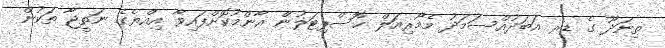
ތިނަދޫ ގެ ޑރ އަބަދުއްސަމަދު މެމޯރިއަލް ހޮސްޕިޓަލުން އާންމުކޮށްފައިވާ އިއްޔެގެ ނަތީޖާ ތަކުން